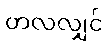
တလလျှင်